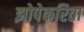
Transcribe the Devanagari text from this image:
झोपेकरिता